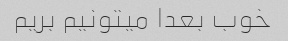
خوب بعدا میتونیم بریم